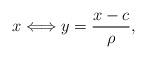
LaTeX: \begin{align*}x\Longleftrightarrow y=\frac{x-c}{\rho},\end{align*}